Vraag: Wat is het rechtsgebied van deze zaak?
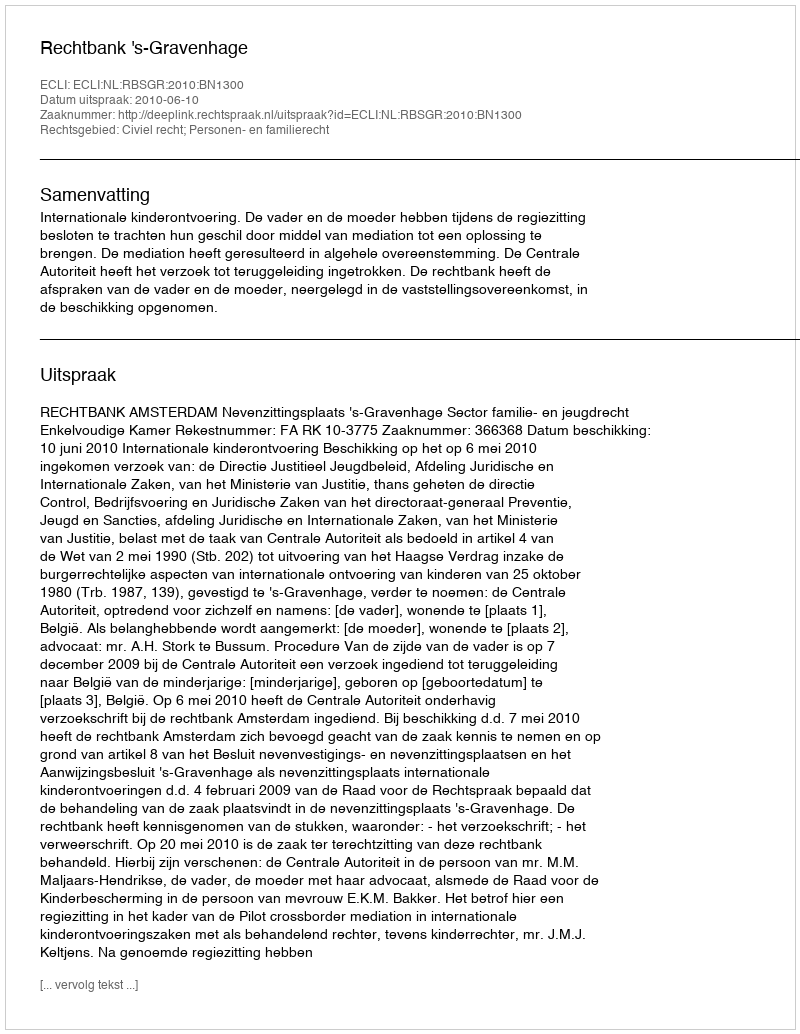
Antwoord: Civiel recht; Personen- en familierecht